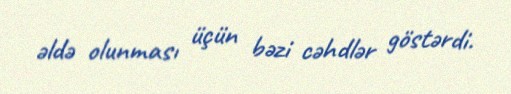
əldə olunması üçün bəzi cəhdlər göstərdi.